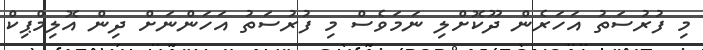
މި ފުރުސަތު އަހަރެން ދޫކޮށްލި ނަމަވެސް މި ފުރުސަތު އަހަންނަށް ދިން އޮލިމްޕިކް